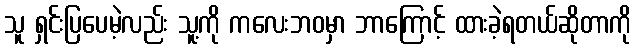
သူ ရှင်းပြပေမဲ့လည်း သူ့ကို ကလေးဘဝမှာ ဘာကြောင့် ထားခဲ့ရတယ်ဆိုတာကို